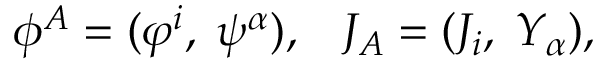
\phi ^ { A } = ( \varphi ^ { i } , \; \psi ^ { \alpha } ) , \; \; \; J _ { A } = ( { \cal J } _ { i } , \; { \cal Y } _ { \alpha } ) , \,